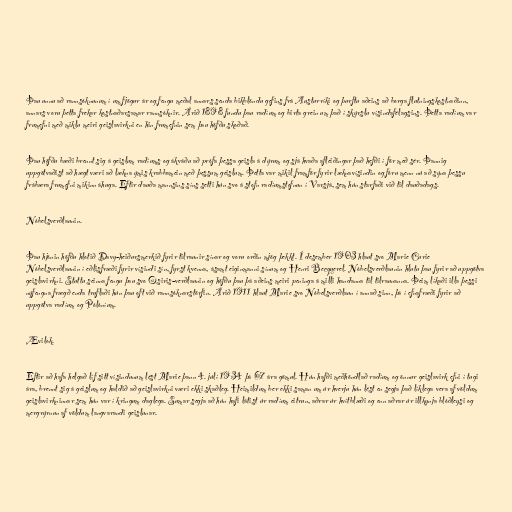
Þau unnu að rannsóknunum í um fjögur ár og fengu meðal annars senda bikblöndu gefins frá Austurríki og þurftu aðeins að borga flutningskostnaðinn,
annars voru þetta frekar kostnaðarsamar rannsóknir. Árið 1898 fundu þau radíum og birta grein um það í skýrslu vísindafélagsins. Þetta radíum var
frumefni með miklu meiri geislavirkni en hin frumefnin sem þau höfðu skoðað.

Þau höfðu bæði brennt sig á geislum radíums og ákváðu að prófa þessa geisla á dýrum og sjá hvaða afleiðingar það hefði í för með sér. Þannig
uppgötvaðist að hægt væri að lækna ýmis krabbamein með þessum geislum. Þetta var mikil framför fyrir læknavísindin og fóru menn nú að sýna þessu
frábæra frumefni mikinn áhuga. Eftir dauða mannsins síns setti hún svo á stofn radíumstofnun í Varsjá, sem hún starfaði við til dauðadags.

Nóbelsverðlaunin.

Þau hjónin höfðu hlotið Davy-heiðursmerkið fyrir tilraunir sínar og voru orðin mjög þekkt. Í desember 1903 hlaut svo Marie Curie
Nóbelsverðlaunin í eðlisfræði fyrir vísindi sín, fyrst kvenna, ásamt eiginmanni sínum og Henri Becquerel. Nóbelsverðlaunin hlutu þau fyrir að uppgötva
geislavirkni. Stuttu seinna fengu þau svo Osiris-verðlaunin og höfðu þau þá aðeins meiri peninga á milli handanna til tilraunanna. Þeim líkaði illa þessi
nýfengna frægð enda truflaði hún þau oft við rannsóknarstörfin. Árið 1911 hlaut Marie svo Nóbelsverðlaun í annað sinn, þá í efnafræði fyrir að
uppgötva radíum og Pólóníum.

Ævilok.

Eftir að hafa helgað líf sitt vísindunum lést Marie þann 4. júlí 1934 þá 67 ára gömul. Hún hafði meðhöndlað radíum og önnur geislavirk efni í tugi
ára, brennt sig á geislum og haldið að geislavirkni væri ekki skaðleg. Heimildum ber ekki saman um úr hverju hún lést en segja það líklega vera af völdum
geislavirkninnar sem hún var í kringum daglega. Sumar segja að hún hafi látist úr radíum eitrun, aðrar úr hvítblæði og enn aðrar úr illkynja blóðleysi og
mergrýrnun af völdum langvarandi geislunar.